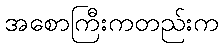
အစောကြီးကတည်းက